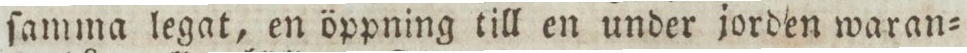
ſamma legat, en öppning till en under jorden waran=